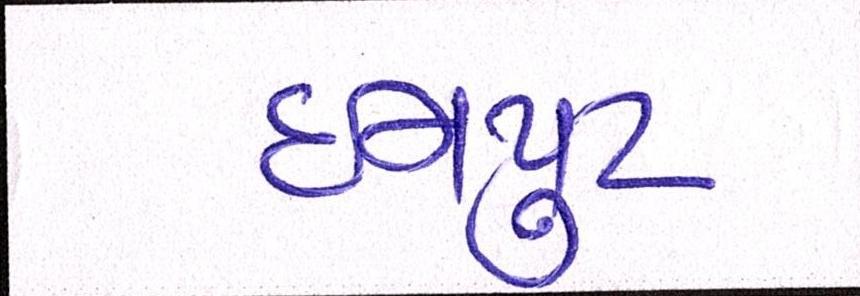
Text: ઇનપુટ